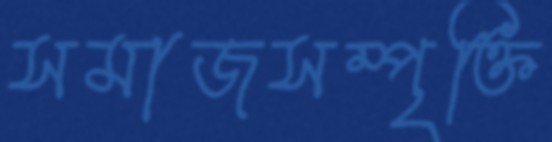
সমাজসম্পৃক্তি